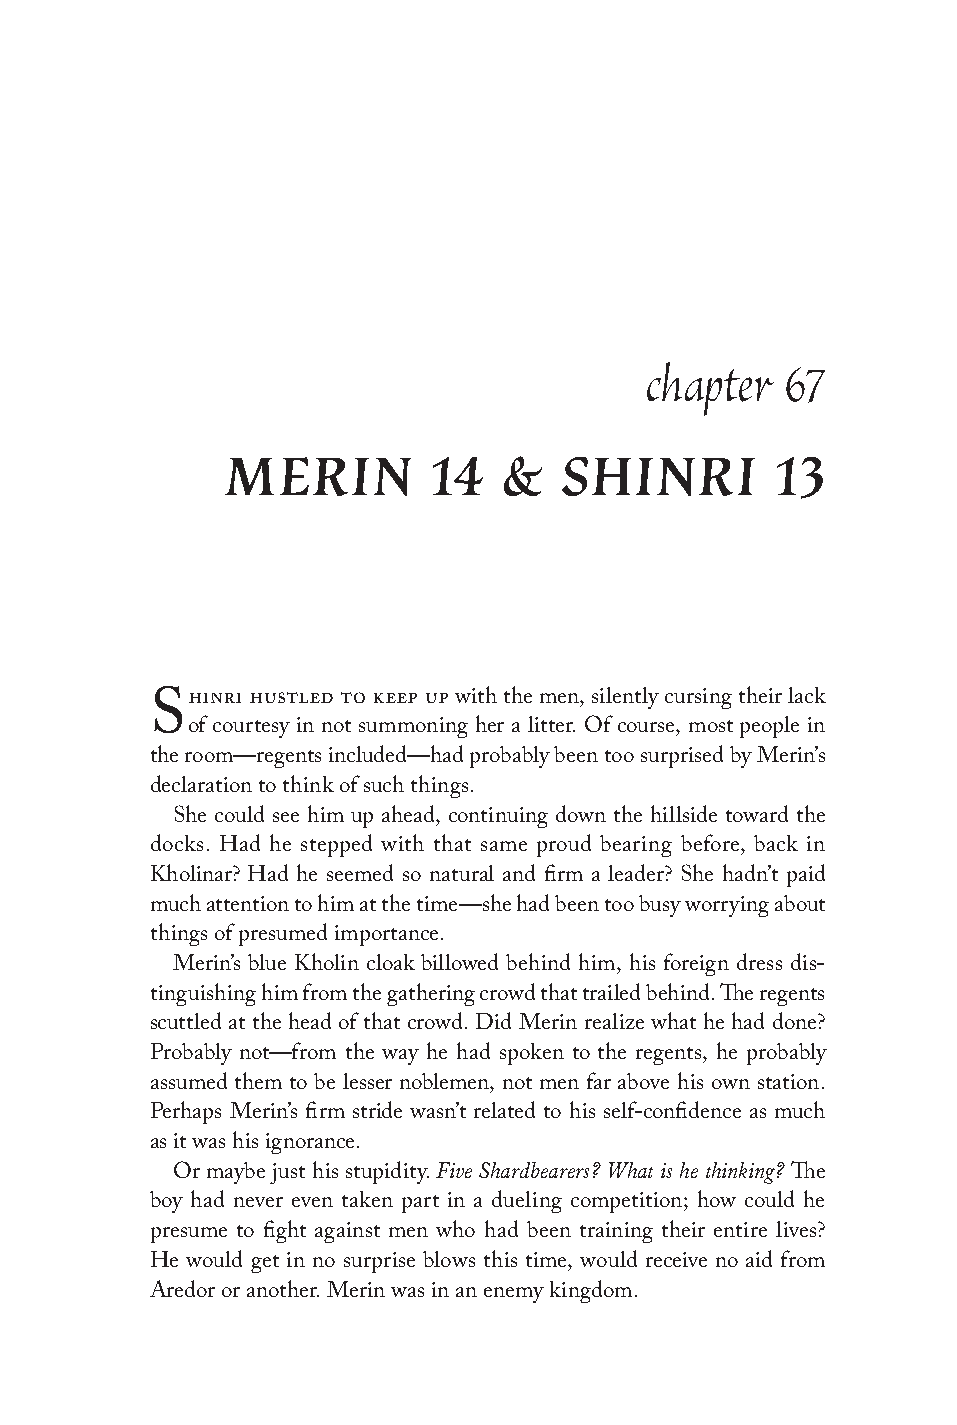
chapter  67
 MERIN         14  &   SHINRI        13
 hinri hustled to keep up with the men, silently cursing their lack
 S
 of courtesy in not summoning her a litter. Of course, most people in
 the room—regents included—had probably been too surprised by Merin’s
 declaration to think of such things.
 She could see him up ahead, continuing down the hillside toward the
 docks. Had he stepped with that same proud bearing before, back in
 Kholinar? Had he seemed so natural and firm a leader? She hadn’t paid
 much attention to him at the time—she had been too busy worrying about
 things of presumed importance.
 Merin’s blue Kholin cloak billowed behind him, his foreign dress dis-
 tinguishing him from the gathering crowd that trailed behind. The regents
 scuttled at the head of that crowd. Did Merin realize what he had done?
 Probably not—from the way he had spoken to the regents, he probably
 assumed them to be lesser noblemen, not men far above his own station.
 Perhaps Merin’s firm stride wasn’t related to his self-confidence as much
 as it was his ignorance.
 Five Shardbearers? What is he thinking?
 Or maybe just his stupidity.             The
 boy had never even taken part in a dueling competition; how could he
 presume to fight against men who had been training their entire lives?
 He would get in no surprise blows this time, would receive no aid from
 Aredor or another. Merin was in an enemy kingdom.